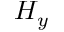
H _ { y }